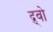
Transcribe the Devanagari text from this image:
द्र्वो